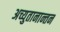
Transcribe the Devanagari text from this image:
अच्युतानान्तन